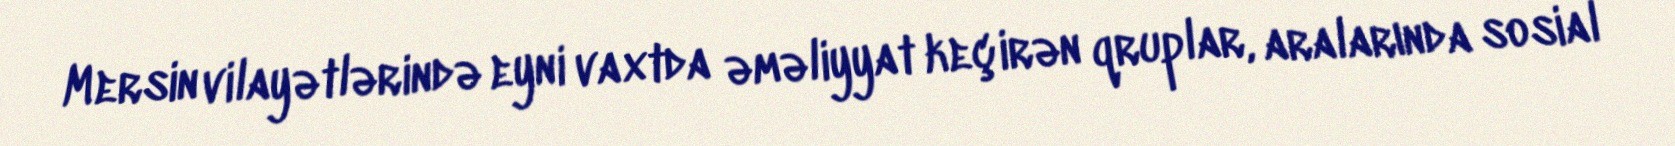
Mersin vilayətlərində eyni vaxtda əməliyyat keçirən qruplar, aralarında sosial